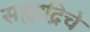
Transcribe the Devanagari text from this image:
सह्याद्रिचे